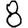
Digit: 8